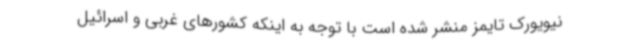
نیویورک تایمز منشر شده است با توجه به اینکه کشورهای غربی و اسرائیل